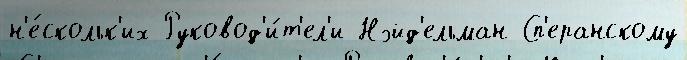
н'е́скольк'их Руковод'и́т'ел'и Нэйд'ельман Сп'еранскому